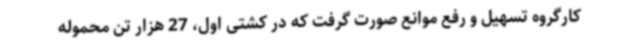
کارگروه تسهیل و رفع موانع صورت گرفت که در کشتی اول، 27 هزار تن محموله